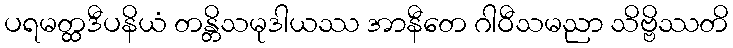
ပရမတ္ထဒီပနိယံ တန္တိသမုဒါယဿ အာနီတေ ဂါဝီသမညာ သိဗ္ဗိဿတိ